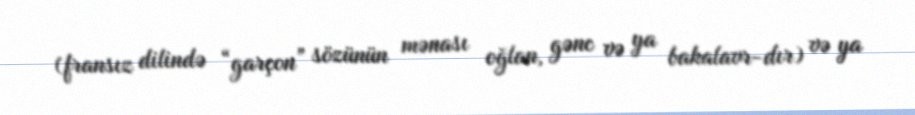
(fransız dilində “garçon” sözünün mənası oğlan, gənc və ya bakalavr-dır) və ya